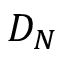
D _ { N }